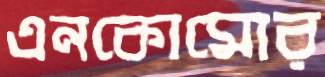
এনকোমোর